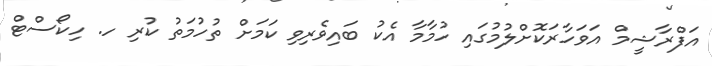
އަފްރާޝީމް އަވަހާރަކޮށްލުމުގައި ހުމާމާ އެކު ބައިވެރިވި ކަމަށް ތުހުމަތު ކުރި ހ. ހިކޯސްޓް